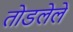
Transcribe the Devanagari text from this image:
तोडलेले